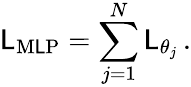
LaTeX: \mathsf{L}_{\mathrm{{M\mathsf{L}P}}}=\sum_{j=1}^{N}{\mathsf{L}_{\theta_{j}}}\, .